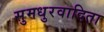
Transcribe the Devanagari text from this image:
सुमधुरवादिता